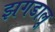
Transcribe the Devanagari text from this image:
झगडालू